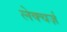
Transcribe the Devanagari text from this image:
लेक्चर्ज़